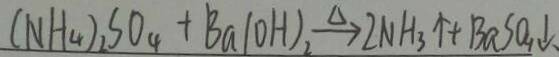
( N H _ { 4 } ) _ { 2 } S O _ { 4 } + B a ( O H ) _ { 2 } \xrightarrow { \Delta } 2 N H _ { 3 } \uparrow + B a S O _ { 4 } \downarrow .